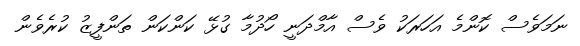
ނަމަވެސް ކޮންމެ އަހަރަކު ވެސް އާމްދަނީ ހޯދުމާ ގުޅޭ ކަންކަން ތަންފީޒު ކުރެވެން